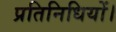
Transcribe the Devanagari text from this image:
प्रतिनिधियों।